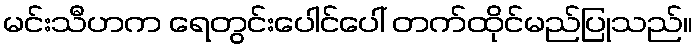
မင်းသီဟက ရေတွင်းပေါင်ပေါ် တက်ထိုင်မည်ပြုသည်။